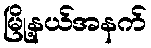
မြို့နယ်အနက်